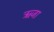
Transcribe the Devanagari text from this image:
ऋजा